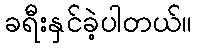
ခရီးနှင်ခဲ့ပါတယ်။